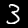
Digit: 3